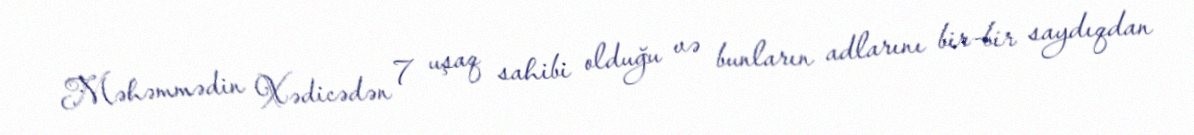
Məhəmmədin Xədicədən 7 uşaq sahibi olduğu və bunların adlarını bir-bir saydıqdan